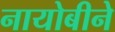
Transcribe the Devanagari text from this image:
नायोबीने